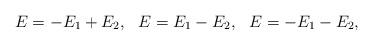
LaTeX: \begin{align*}\begin{array}{lll}E=-E_1+E_2, & E=E_1-E_2, & E=-E_1-E_2 ,\end{array}\end{align*}